Lunatic asylums United Provinces 1899-1908 - 1899-1908
Year: 1899
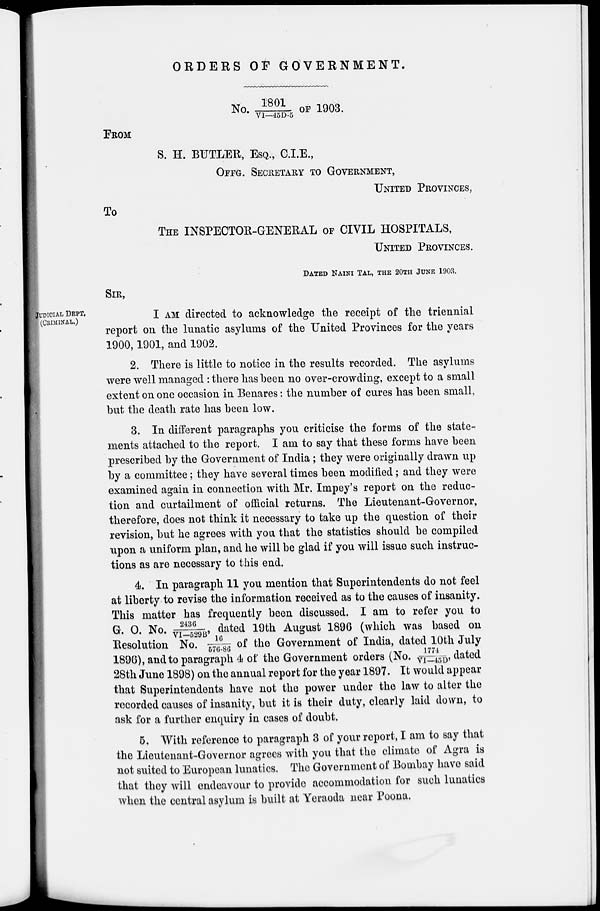
ORDERS OF GOVERNMENT.
No. 1801/VI–45D-5 OF 1903.
FROM
S. H. BUTLER, ESQ., C.I.E.,
OFFG. SECRETARY TO GOVERNMENT,
UNITED PROVINCES,
To
THE INSPECTOR-GENERAL OF CIVIL HOSPITALS,
UNITED PROVINCES.
DATED NAINI TAL , THE 20TH JUNE 1903.
JUDICIAL DEPT,
(CRIMINAL .)
SIR,
I AM directed to acknowledge the receipt of the triennial
report on the lunatic asylums of the United Provinces for the years
1900,1901, and 1902.
2. There is little to notice in the results recorded. The asylums
were well managed : there has been no over-crowding, except to a small
extent on one occasion in Benares : the number of cures has been small,
but the death rate has been low.
3. In different paragraphs you criticise the forms of the state-
ments attached to the report. I am to say that these forms have been
prescribed by the Government of India; they were originally drawn up
by a committee; they have several times been modified ; and they were
examined again in connection with Mr. Impey's report on the reduc-
tion and curtailment of official returns. The Lieutenant-Governor,
therefore, does not think it necessary to take up the question of their
revision, but he agrees with you that the statistics should be compiled
upon a uniform plan, and he will be glad if you will issue such instruc-
tions as are necessary to this end.
4. In paragraph 11 you mention that Superintendents do not feel
at liberty to revise the information received as to the causes of insanity.
This matter has frequently been discussed. I am to refer you to
G. O. No. 2436/VI - 529B' dated 19th August 1896 (which was based on
Resolution No. 16/576-86 of the Government of India, dated 10th July
1896), and to paragraph 4 of the Government orders (No. 1774/VI -45D' dated
28th June 1898) on the annual report for the year 1897. It would appear
that Superintendents have not the power under the law to alter the
recorded causes of insanity, but it is their duty, clearly laid down, to
ask for a further enquiry in cases of doubt.
5. With reference to paragraph 3 of your report, I am to say that
the Lieutenant-Governor agrees with you that the climate of Agra is
not suited to European lunatics. The Government of Bombay have said
that they will endeavour to provide accommodation for such lunatics
when the central asylum is built at Yeraoda near Poona.